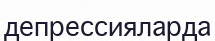
депрессияларда